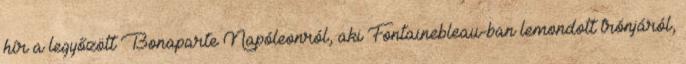
hír a legyőzött Bonaparte Napóleonról, aki Fontainebleau-ban lemondott trónjáról,